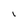
Character: i